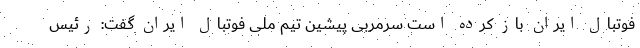
فوتبال ایران باز کرده است سرمربی پیشین تیم ملی فوتبال ایران گفت: رئیس